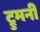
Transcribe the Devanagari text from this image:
ट्रुमनी